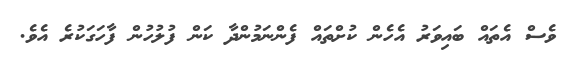
ވެސް އެތައް ބައިވަރު އެހެން ކުށްތައް ފެންނަމުންދާ ކަން ފުލުހުން ފާހަގަކުރެ އެވެ.